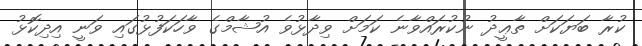
ކުރާ ބަޔަކަށް ތާޢީދު ނުކުރައްވާނެ ކަމަށް ވިދާޅުވެ އުޝާމްގެ ވާހަކަފުޅުގައި ވަނީ އިދިކޮޅު